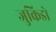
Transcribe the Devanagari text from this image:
जुकिडो